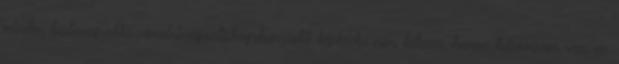
minden lustavagyokkiszámolnimégaztishogyhányadik képkocka nem kétszer, hanem háromszor van, ez